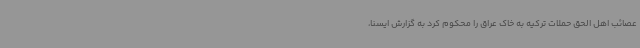
عصائب اهل الحق حملات ترکیه به خاک عراق را محکوم کرد به گزارش ایسنا،